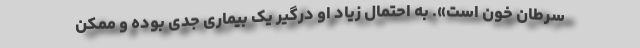
سرطان خون است». به احتمال زیاد او درگیر یک بیماری جدی بوده و ممکن